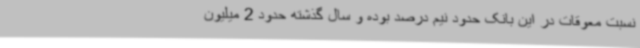
نسبت معوقات در این بانک حدود نیم درصد بوده و سال گذشته حدود 2 میلیون